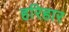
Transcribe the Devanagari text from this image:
हरिहार